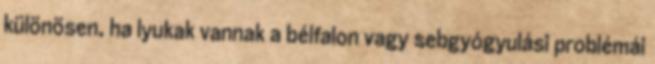
különösen, ha lyukak vannak a bélfalon vagy sebgyógyulási problémái